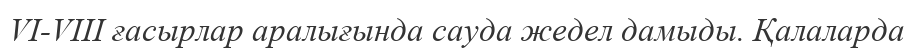
VI-VIII ғасырлар аралығында сауда жедел дамыды. Қалаларда